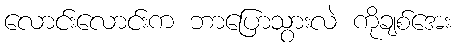
လောင်းလောင်းက ဘာပြောသွားလဲ ကိုချစ်အေး